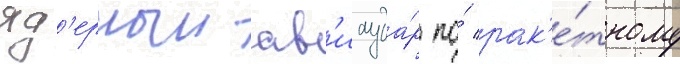
яд'ерныи ав'иауда́р по́ рак'е́тному